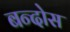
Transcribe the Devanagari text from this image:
बन्दोस